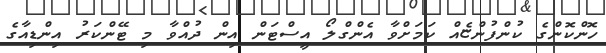
ހޮންކޮންގެ ކުންފުންޏެއް ކަމަށްވާ އެންގްލޯ އީސްޓަން އިން ދުއްވާ މި ޓޭންކަރު އިންޑިއާގެ